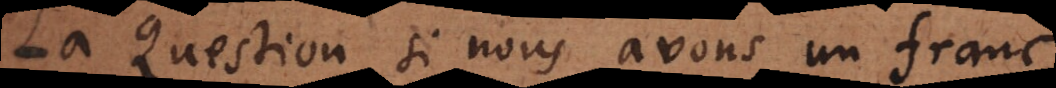
La Question si nous avons un franc